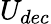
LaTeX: U_{dec}